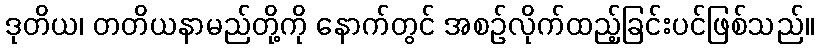
ဒုတိယ၊ တတိယနာမည်တို့ကို နောက်တွင် အစဉ်လိုက်ထည့်ခြင်းပင်ဖြစ်သည်။